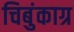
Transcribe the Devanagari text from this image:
चिबुंकाग्र